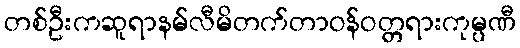
တစ်ဦးကဆူရာနမ်လီမိတက်တာဝန်ဝတ္တရားကုမ္ပဏီ